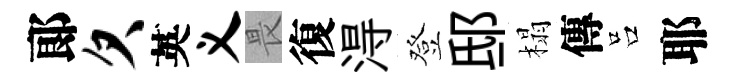
郞欠英义畏復淂登邸榻傳吕耶